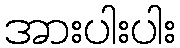
အားပါးပါး